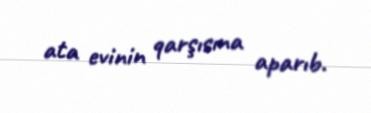
ata evinin qarşısına aparıb.